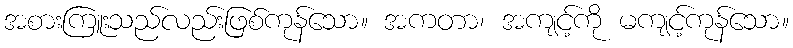
အစားကြူးသည်လည်းဖြစ်ကုန်သော။ အကတာ၊ အကျင့်ကို မကျင့်ကုန်သော။